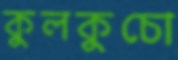
কুলকুচো